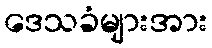
ဒေသခံများအား